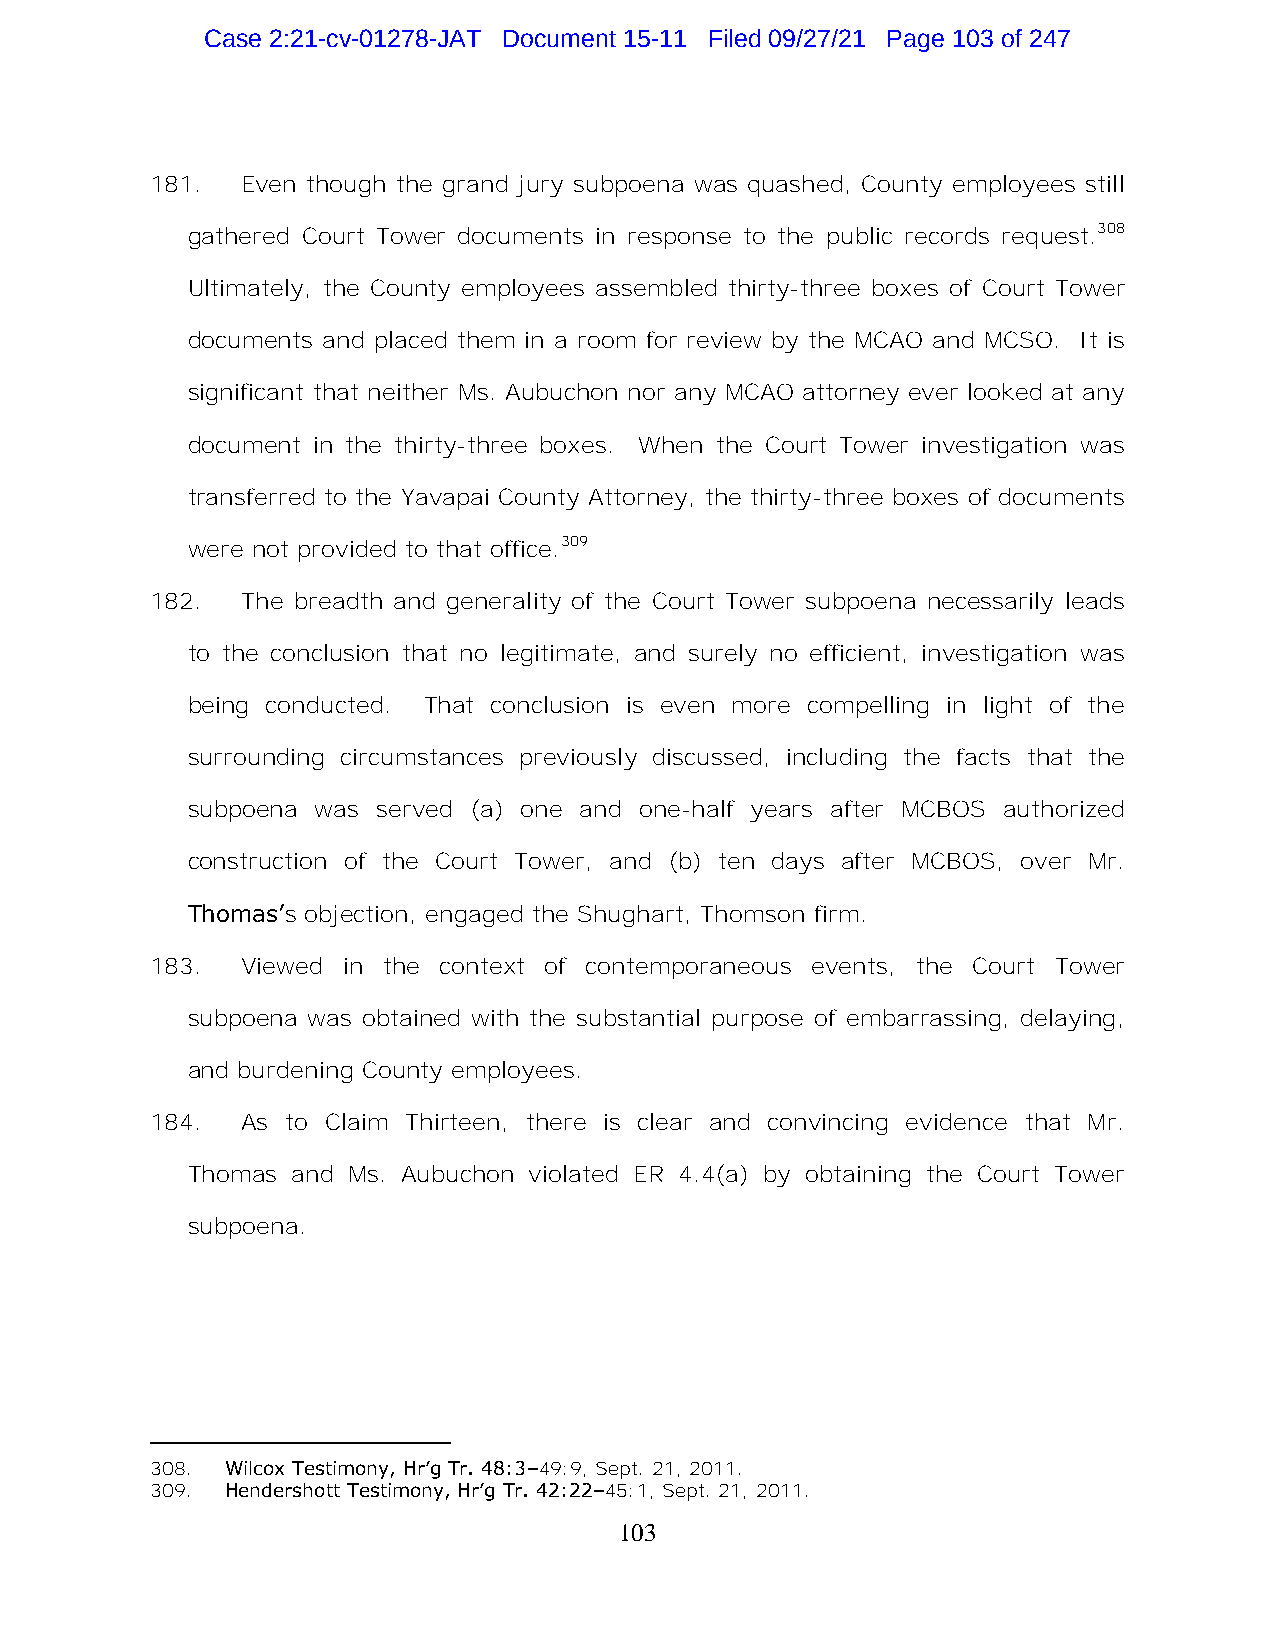
Case 2:21-cv-01278-JAT Document 15-11 Filed 09/27/21 Page 103 of 247
 181.  Even though the grand jury subpoena was quashed, County employees still
 gathered Court Tower documents in response to the public records request.308
 Ultimately, the County employees assembled thirty-three boxes of Court Tower
 documents and placed them in a room for review by the MCAO and MCSO. It is
 significant that neither Ms. Aubuchon nor any MCAO attorney ever looked at any
 document in the thirty-three boxes. When the Court Tower investigation was
 transferred to the Yavapai County Attorney, the thirty-three boxes of documents
 were not provided to that office.309
 182.  The breadth and generality of the Court Tower subpoena necessarily leads
 to the conclusion that no legitimate, and surely no efficient, investigation was
 being conducted. That conclusion is even more compelling in light of the
 surrounding circumstances previously discussed, including the facts that the
 subpoena was served (a) one and one-half years after MCBOS authorized
 construction of the Court Tower, and (b) ten days after MCBOS, over Mr.
 Thomas’s objection, engaged the Shughart, Thomson firm.
 183.  Viewed in the context of contemporaneous events, the Court Tower
 subpoena was obtained with the substantial purpose of embarrassing, delaying,
 and burdening County employees.
 184.  As to Claim Thirteen, there is clear and convincing evidence that Mr.
 Thomas and Ms. Aubuchon violated ER 4.4(a) by obtaining the Court Tower
 subpoena.
 308. Wilcox Testimony, Hr’g Tr. 48:3–49:9, Sept. 21, 2011.
 309. Hendershott Testimony, Hr’g Tr. 42:22–45:1, Sept. 21, 2011.
 103